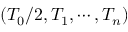
( T _ { 0 } / 2 , T _ { 1 } , \cdots , T _ { n } )